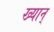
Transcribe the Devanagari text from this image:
ख्यान्